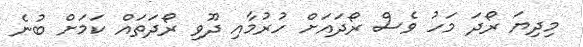
މިދިޔަ ރޯދަ މަހު ވެސް ރޯދައަށް ހުރުމާއި ދޫވި ރޯދަތައް ކަމަށް ބުނެ